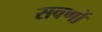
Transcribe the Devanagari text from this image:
सवर्णो